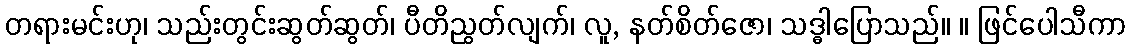
တရားမင်းဟု၊ သည်းတွင်းဆွတ်ဆွတ်၊ ပီတိညွတ်လျက်၊ လူ, နတ်စိတ်ဇော၊ သဒ္ဓါပြောသည်။ ။ ဖြင်ပေါသီကာ